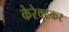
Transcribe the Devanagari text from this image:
केरेक्टकर